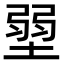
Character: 𡎳